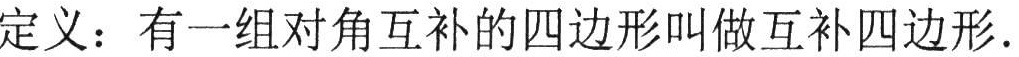
定义：有一组对角互补的四边形叫做互补四边形.